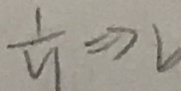
\frac { 1 } { y } \Rightarrow 2